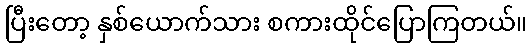
ပြီးတော့ နှစ်ယောက်သား စကားထိုင်ပြောကြတယ်။